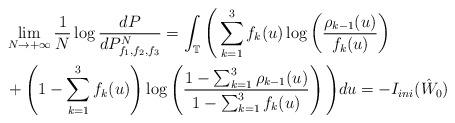
LaTeX: \begin{align*}&\lim_{N\rightarrow+\infty}\frac{1}{N}\log\frac{dP}{dP^N_{f_1, f_2, f_3}}=\int_{\mathbb{T}}\Bigg(\sum_{k=1}^3f_k(u)\log\left(\frac{\rho_{k-1}(u)}{f_k(u)}\right)\\&+\left(1-\sum_{k=1}^3f_k(u)\right)\log\left(\frac{1-\sum_{k=1}^3\rho_{k-1}(u)}{1-\sum_{k=1}^3f_k(u)}\right)\Bigg)du=-I_{ini}(\hat{W}_0)\end{align*}